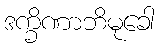
ဒက္ခိဏာဘိမုခေါ